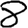
Digit: 8